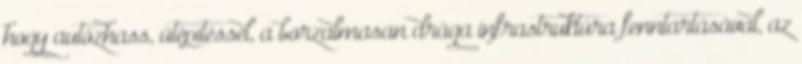
hogy autózhass, útépítéssel, a borzalmasan drága infrastruktúra fenntartásával, az